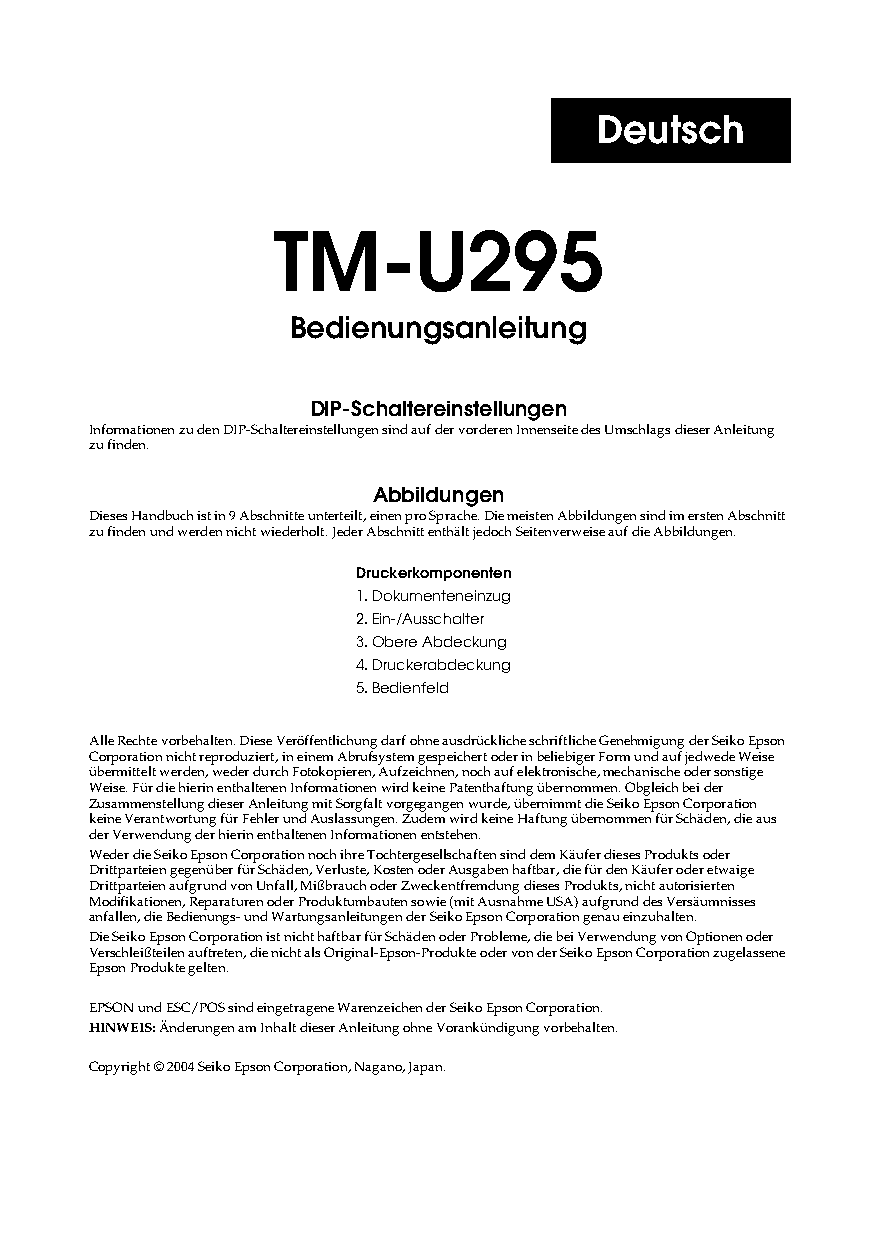
Deutsch
 TM-U295
 Bedienungsanleitung
 DIP-Schaltereinstellungen
 Informationen zu den DIP-Schaltereinstellungen sind auf der vorderen Innenseite des Umschlags dieser Anleitung
 zu finden.
 Abbildungen
 Dieses Handbuch ist in 9 Abschnitte unterteilt, einen pro Sprache. Die meisten Abbildungen sind im ersten Abschnitt
 zu finden und werden nicht wiederholt. Jeder Abschnitt enthält jedoch Seitenverweise auf die Abbildungen.
 Druckerkomponenten
 1. Dokumenteneinzug
 2. Ein-/Ausschalter
 3. Obere Abdeckung
 4. Druckerabdeckung
 5. Bedienfeld
 Alle Rechte vorbehalten. Diese Veröffentlichung darf ohne ausdrückliche schriftliche Genehmigung der Seiko Epson
 Corporation nicht reproduziert, in einem Abrufsystem gespeichert oder in beliebiger Form und auf jedwede Weise
 übermittelt werden, weder durch Fotokopieren, Aufzeichnen, noch auf elektronische, mechanische oder sonstige
 Weise. Für die hierin enthaltenen Informationen wird keine Patenthaftung übernommen. Obgleich bei der
 Zusammenstellung dieser Anleitung mit Sorgfalt vorgegangen wurde, übernimmt die Seiko Epson Corporation
 keine Verantwortung für Fehler und Auslassungen. Zudem wird keine Haftung übernommen für Schäden, die aus
 der Verwendung der hierin enthaltenen Informationen entstehen.
 Weder die Seiko Epson Corporation noch ihre Tochtergesellschaften sind dem Käufer dieses Produkts oder
 Drittparteien gegenüber für Schäden, Verluste, Kosten oder Ausgaben haftbar, die für den Käufer oder etwaige
 Drittparteien aufgrund von Unfall, Mißbrauch oder Zweckentfremdung dieses Produkts, nicht autorisierten
 Modifikationen, Reparaturen oder Produktumbauten sowie (mit Ausnahme USA) aufgrund des Versäumnisses
 anfallen, die Bedienungs- und Wartungsanleitungen der Seiko Epson Corporation genau einzuhalten.
 Die Seiko Epson Corporation ist nicht haftbar für Schäden oder Probleme, die bei Verwendung von Optionen oder
 Verschleißteilen auftreten, die nicht als Original-Epson-Produkte oder von der Seiko Epson Corporation zugelassene
 Epson Produkte gelten.
 EPSON und ESC/POS sind eingetragene Warenzeichen der Seiko Epson Corporation.
 HINWEIS: Änderungen am Inhalt dieser Anleitung ohne Vorankündigung vorbehalten.
 Copyright © 2004 Seiko Epson Corporation, Nagano, Japan.